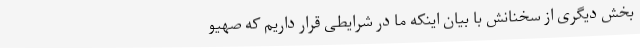
بخش دیگری از سخنانش با بیان اینکه ما در شرایطی قرار داریم که صهیو